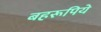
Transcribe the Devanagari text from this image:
बहरूपिये